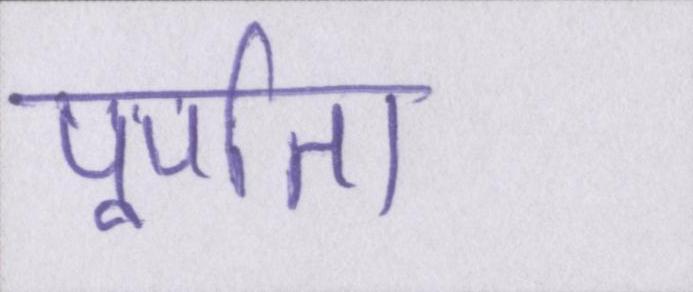
पूर्णता